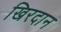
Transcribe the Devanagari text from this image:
खिरदान